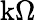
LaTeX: \mathrm{k}\Omega